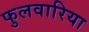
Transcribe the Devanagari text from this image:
फुलवारिया